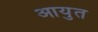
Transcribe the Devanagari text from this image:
आयुत